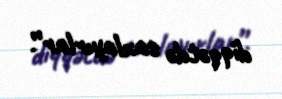
diqqətdə saxlayırlar”.